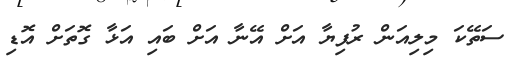
ސަތޭކަ މިލިއަން ރުފިޔާ އަށް އޭނާ އަށް ބައި އަޅާ ގޮތަށް އޮޑި